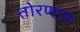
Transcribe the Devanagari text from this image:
तोरणात